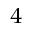
_ 4